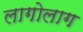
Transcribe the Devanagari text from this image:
लागोलाग